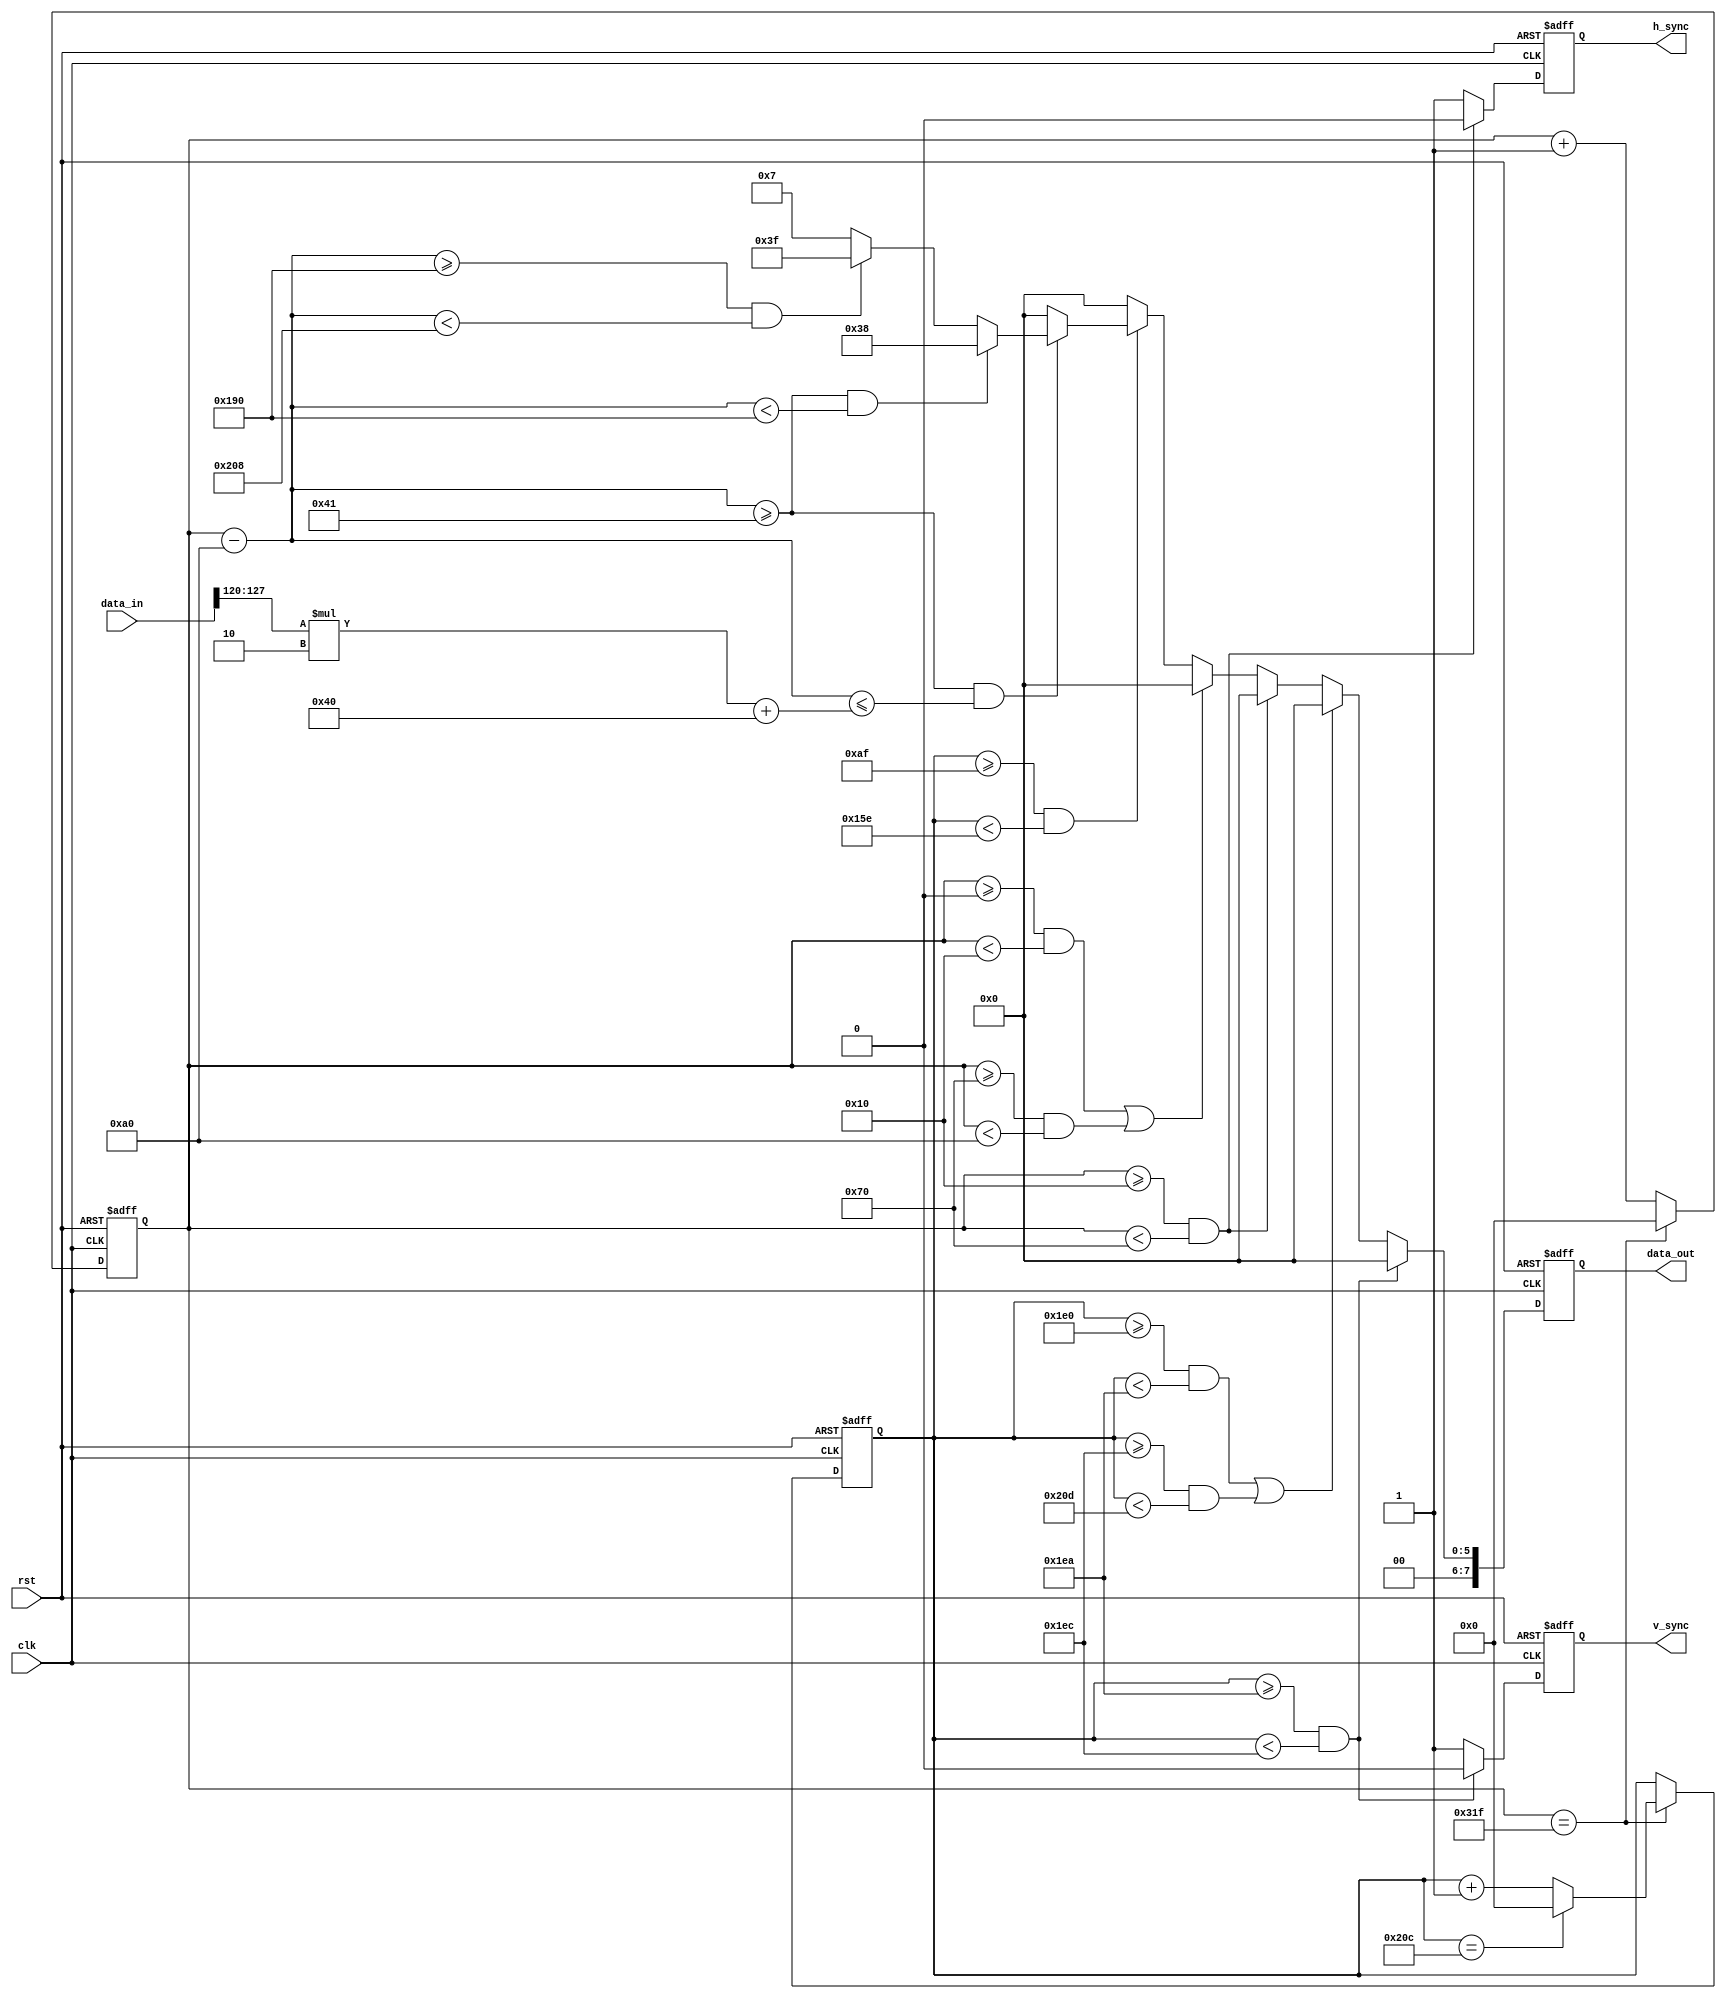
`timescale 1ns/1ns

`define BLACK 8'h0
`define WHITE 8'hFF
`define RED 8'h7
`define YELLOW 8'h3F
`define GREEN 8'h38

module vga_sync(
    clk, rst, data_in, data_out, h_sync, v_sync);

parameter pack_no = 16;
parameter w = pack_no*8;
parameter initial_v = {10{1'b0}};
parameter factor = 2;

//porturi intrare si iesire	
input clk;
input rst;                   //activ pe 0
input[w-1:0] data_in;
output[7:0] data_out;        //data_out[7:6] blue, data_out[5:3] green, data_out[2:0] red;
output h_sync, v_sync;       //active pe 0

//semnale de tip registru
reg[7:0] data_out_reg, data_out_next;
reg h_sync_reg, h_sync_next;
reg v_sync_reg, v_sync_next;
reg[9:0] h_cnt_reg, h_cnt_next;
reg[9:0] v_cnt_reg, v_cnt_next;
reg[9:0] x;
reg[9:0] y;
reg[7:0] data_aux;

//parametri
//orizontal -> pixeli
parameter H_DISPLAY = 640;
parameter H_RETRACE = 96;
parameter H_FP = 16;
parameter H_BP = 48;
parameter H_WIDTH = H_FP + H_RETRACE + H_BP + H_DISPLAY;
parameter H_RETRACE_END = H_FP + H_RETRACE;
parameter H_DISPLAY_BEGIN = H_FP + H_RETRACE + H_BP;

//vertical -> linii
parameter V_DISPLAY = 480;
parameter V_RETRACE = 2;
parameter V_FP = 10;
parameter V_BP = 33;
parameter V_HEIGHT = V_DISPLAY + V_FP + V_RETRACE + V_BP;
parameter V_RETRACE_BEGIN = V_DISPLAY + V_FP;
parameter V_RETRACE_END = V_DISPLAY + V_FP + V_RETRACE;

integer i;

//bloc combinational
always @(*) begin
    h_cnt_next = h_cnt_reg;
	v_cnt_next = v_cnt_reg;
	h_sync_next = h_sync_reg;
	v_sync_next = v_sync_reg;
	data_out_next = data_out_reg;
	
	data_aux = data_in[w-1:w-8];
	
	//numaram pixelii de pe linie si liniile de pe ecran
    if (h_cnt_reg == (H_WIDTH - 1)) begin      //am ajuns la finalul liniei, incepem sa nr pixelii de la 0
		h_cnt_next = initial_v;
		if (v_cnt_reg == (V_HEIGHT - 1)) begin //am parcurs toate liniile
			v_cnt_next = initial_v;
		end
		else begin                             //final de linie, mai sunt linii de parcurs
			v_cnt_next = v_cnt_reg + 1'b1;
		end
	end
	else begin                                 //in interiorul unei linii
		h_cnt_next = h_cnt_reg + 1'b1;
	end
	
	//vedem in ce zona ne gasim
	if( v_cnt_reg >= V_RETRACE_BEGIN && v_cnt_reg<V_RETRACE_END ) begin       //zona verticala de sync
	    data_out_next = `BLACK;
		v_sync_next = 1'b0;
		if( h_cnt_reg >= H_FP && h_cnt_reg < H_RETRACE_END ) begin            //zona orizontala de sync
            h_sync_next = 1'b0;
        end		
		else begin
		    h_sync_next = 1'b1;
		end
	end
	else begin
	    if( ( v_cnt_reg >= V_DISPLAY && v_cnt_reg < V_RETRACE_BEGIN ) || ( v_cnt_reg >= V_RETRACE_END && v_cnt_reg < V_HEIGHT ) ) begin        //zona verticala de FP si BP
		    data_out_next = `BLACK;
			v_sync_next = 1'b1;
			if( h_cnt_reg >= H_FP && h_cnt_reg < H_RETRACE_END ) begin                                                                         //zona orizontala de sync
			    h_sync_next = 1'b0;
			end
			else begin
			    h_sync_next = 1'b1;
			end
		end
		else begin                                                         //zona verticala de display
		    v_sync_next = 1'b1;
		    if( h_cnt_reg >= H_FP && h_cnt_reg<H_RETRACE_END ) begin       //zona orizontala de sync
			    data_out_next = `BLACK;
				h_sync_next = 1'b0;
			end
			else begin
			    h_sync_next = 1'b1;
				if( ( h_cnt_reg >= 0 && h_cnt_reg<H_FP ) || ( h_cnt_reg >= H_RETRACE_END && h_cnt_reg<H_DISPLAY_BEGIN ) ) begin    //zona orizontala de FP si BP
				    data_out_next = `BLACK;
				end
				else begin                                                 //zona orizontala de display
				    //coordonatele unui pixel in zona de display
					x = h_cnt_reg - H_DISPLAY_BEGIN;
					y = v_cnt_reg;
					
					/*for( i=0; i<pack_no; i=i+1 ) begin
					    if( y >= (V_DISPLAY/pack_no)*i && y < (V_DISPLAY/pack_no)*(i+1) ) begin
						    if( x > 0 && x <= data_aux[7:0]*factor ) begin
							    if( x > 0 && x <300 ) begin
								    data_out_next = `GREEN;
								end
								else begin
								    if( x >= 300 && x < 500 ) begin
									    data_out_next = `YELLOW;
									end
									else begin
									    data_out_next = `RED;
									end
								end
							end
							else begin
							    data_out_next = `BLACK;
							end
							data_aux = data_aux >> 8;
						end
					end*/
					
					
					if( y >= 175 && y < 350 ) begin//175 350
					    if( x >= 65 && x<= (data_aux*factor)+64 ) begin
						    if( x>=65 && x < 400 ) begin
							    data_out_next = `GREEN;
							end
							else begin
							    if( x >= 400 && x < 520 ) begin
								    data_out_next = `YELLOW;
								end
								else begin
								    data_out_next = `RED;
								end
							end
						end
						else begin
						    data_out_next = `BLACK;
						end
					    /*if( x >=0 && x <200 ) begin//0 200
						    data_out_next = `WHITE;
						end
						else begin
						    if( x >= 200 && x < 400 ) begin//200 400
							    data_out_next = `GREEN;
							end
							else begin
							    if( x >= 400 && x < 600 ) begin//400 600
								    data_out_next = `YELLOW;
								end
								else begin
								    data_out_next = `RED;
								end
							end
						end*/
					end
					else begin
					    data_out_next = `BLACK;
					end
				end
			end
		end
	end
end


//bloc secvential
always @(posedge clk, negedge rst) begin
    if( !rst ) begin
	    h_sync_reg <= 1'b1;
		v_sync_reg <= 1'b1;
		h_cnt_reg <= 0;
		v_cnt_reg <= 0;
		data_out_reg <= 8'h0;
	end
	else begin
        h_sync_reg <= h_sync_next;
        v_sync_reg <= v_sync_next;
		h_cnt_reg <= h_cnt_next;
		v_cnt_reg <= v_cnt_next;
		data_out_reg <= data_out_next;
    end		
end

assign data_out = data_out_reg;
assign h_sync = h_sync_reg;
assign v_sync = v_sync_reg;

endmodule